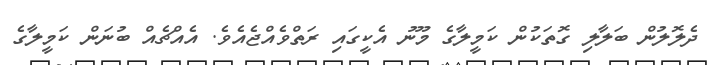
ދެލޮލުން ބަލާލި ގޮތަކުން ކަމީލާގެ މޫނު އެކީގައި ރަތްވެއްޖެއެވެ. އެއްޗެއް ބުނަން ކަމީލާގެ